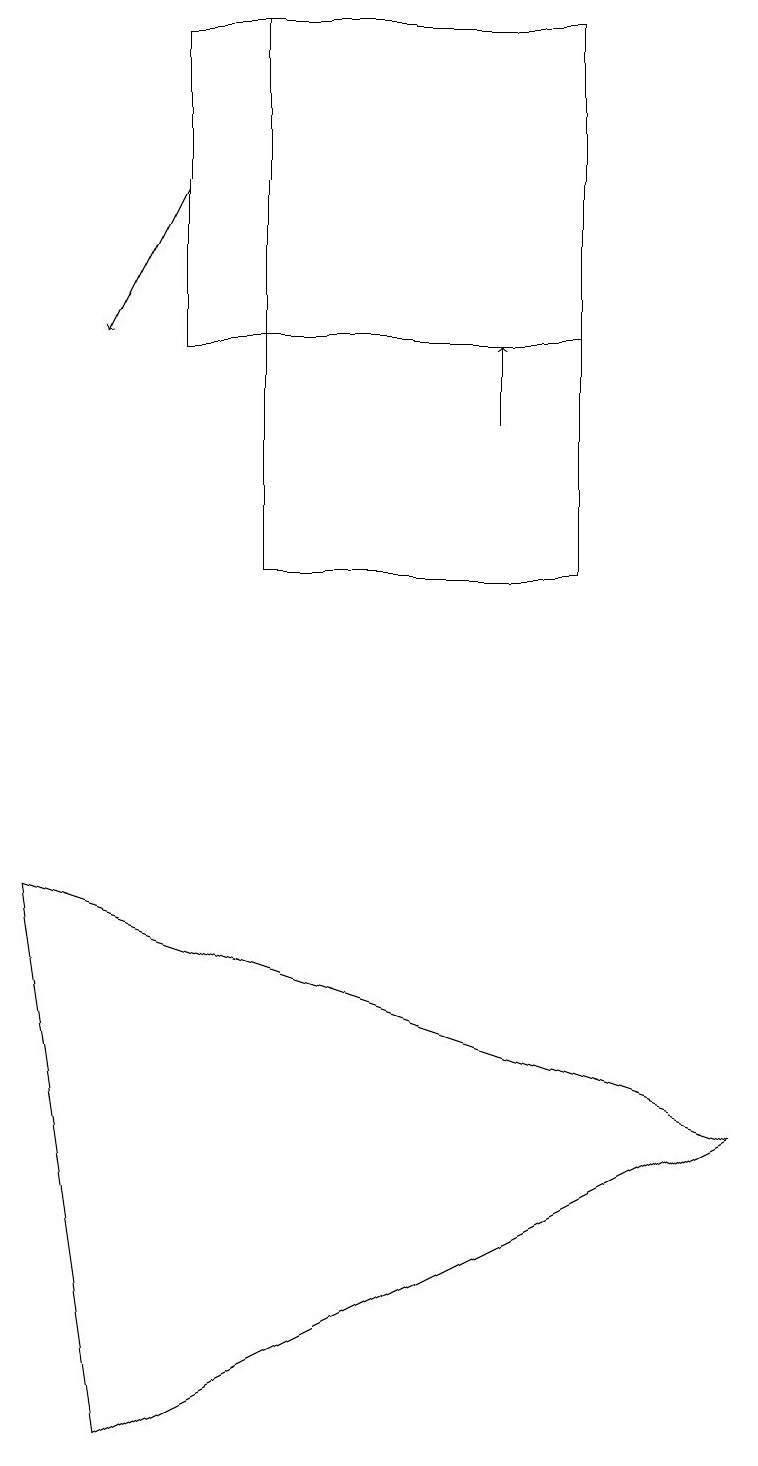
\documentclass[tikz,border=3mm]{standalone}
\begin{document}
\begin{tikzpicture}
\draw[->] (2,17) -- (1,15);
\draw (7,12) rectangle (3,19);
\draw[->] (6,14) -- (6,15);
\draw (2,15) rectangle (7,19);
\draw (9,5) -- (0,8) -- (1,1) -- cycle;
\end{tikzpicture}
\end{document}